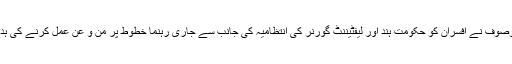
مشیر موصوف نے اَفسران کو حکومت ہند اور لیفٹیننٹ گورنر کی انتظامیہ کی جانب سے جاری رہنما خطوط پر من و عن عمل کرنے کی ہدایت دی۔